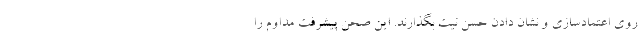
روی اعتمادسازی و نشان دادن حسن نیت بگذارند. این صحن پیشرفت مداوم را